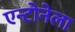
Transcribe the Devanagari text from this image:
एन्टोनेला